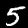
Label: 5